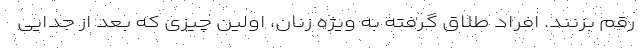
رقم بزنند. افراد طلاق گرفته به‌ ویژه زنان، اولین چیزی که بعد از جدایی